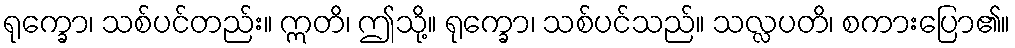
ရုက္ခော၊ သစ်ပင်တည်း။ ဣတိ၊ ဤသို့။ ရုက္ခော၊ သစ်ပင်သည်။ သလ္လပတိ၊ စကားပြော၏။